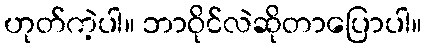
ဟုတ်ကဲ့ပါ။ ဘာဝိုင်လဲဆိုတာပြောပါ။